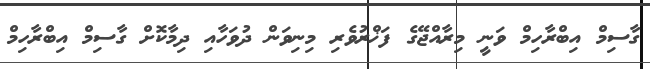
ގާސިމް އިބްރާހިމް ވަނީ މިރާއްޖޭގެ ފަޚްރުވެރި މިިނިވަން ދުވަހާއި ދިމާކޮށް ގާސިމް އިބްރާހިމް